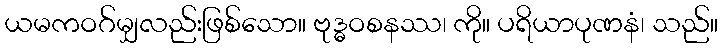
ယမကဝဂ်မျှလည်းဖြစ်သော။ ဗုဒ္ဓဝစနဿ၊ ကို။ ပရိယာပုဏနံ၊ သည်။